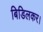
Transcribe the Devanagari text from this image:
बिडिलकर।